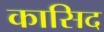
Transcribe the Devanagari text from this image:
कासिद